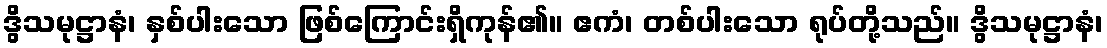
ဒွိသမုဋ္ဌာနံ၊ နှစ်ပါးသော ဖြစ်ကြောင်းရှိကုန်၏။ ဧကံ၊ တစ်ပါးသော ရုပ်တို့သည်။ ဒွိသမုဋ္ဌာနံ၊